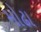
મોઢા